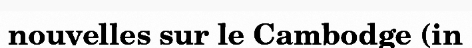
nouvelles sur le Cambodge (in